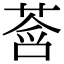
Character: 𫟓